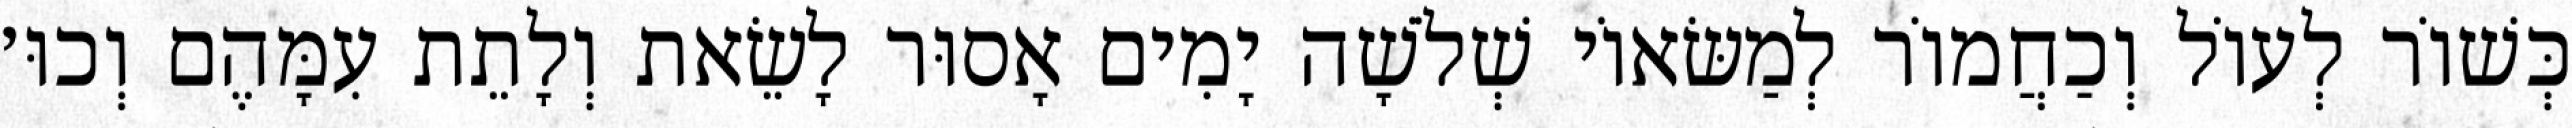
כְּשׁוֹר לְעוֹל וְכַחֲמוֹר לְמַשּׂאוֹי שְׁלֹשָׁה יָמִים אָסוּר לָשֵׂאת וְלָתֵת עִמָּהֶם וְכוּ׳